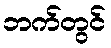
ဘက်တွင်